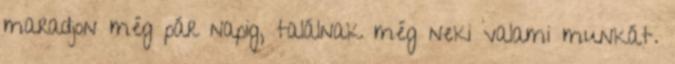
maradjon még pár napig, találnak még neki valami munkát.